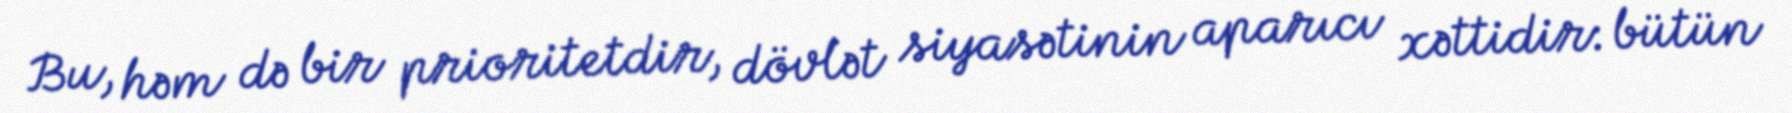
Bu, həm də bir prioritetdir, dövlət siyasətinin aparıcı xəttidir: bütün